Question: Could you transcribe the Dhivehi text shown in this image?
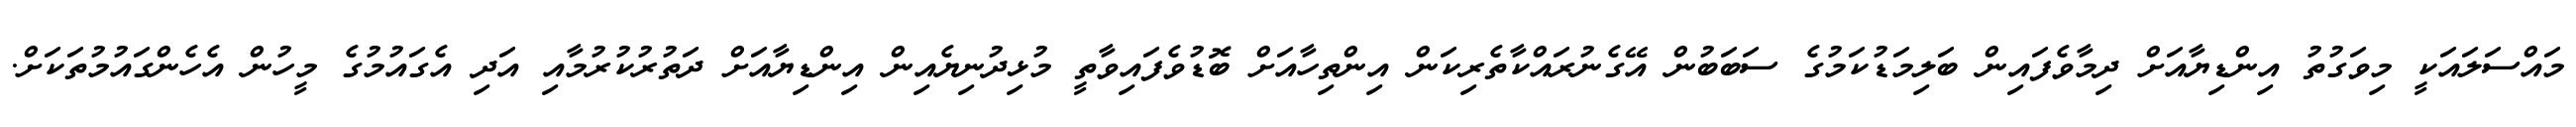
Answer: މައްސަލައަކީ މިވަގުތު އިންޑިޔާއަށް ދިމާވެފައިން ބަލިމަޑުކަމުގެ ސަބަބުން އޭގެނުރައްކާތެރިކަން އިންތިހާއަށް ބޮޑުވެފައިވާތީ މުޅިދުނިޔެއިން އިންޑިޔާއަށް ދަތުރުކުރުމާއި އަދި އެގައުމުގެ މީހުން އެހެންގައުމުތަކަށް.